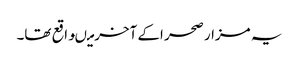
یہ مزار صحر اکے آخرمیںواقع تھا۔